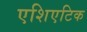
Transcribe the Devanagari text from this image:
एशिएटिक